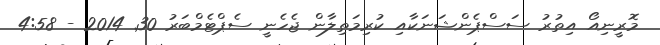
މޮރީނިއޯ އިތުރު ސަސްޕެންޝަނަކާއި ކުރިމަތިލާން ޖެހެނީ ސެޕްޓެމްބަރު 30